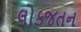
લોકજતન